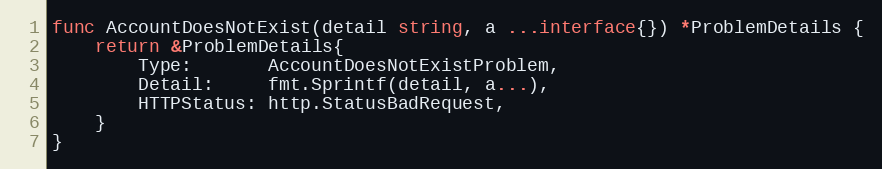
Language: Go
func AccountDoesNotExist(detail string, a ...interface{}) *ProblemDetails {
	return &ProblemDetails{
		Type:       AccountDoesNotExistProblem,
		Detail:     fmt.Sprintf(detail, a...),
		HTTPStatus: http.StatusBadRequest,
	}
}